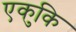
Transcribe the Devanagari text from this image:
एकुकि